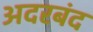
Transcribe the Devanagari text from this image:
अदरबंद